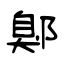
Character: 鄓